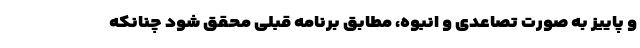
و پاییز به صورت تصاعدی و انبوه، مطابق برنامه قبلی محقق شود چنانکه